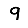
Digit: 9